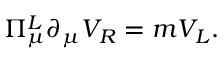
\Pi _ { \mu } ^ { L } \partial _ { \mu } V _ { R } = m V _ { L } .